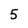
Character: 5